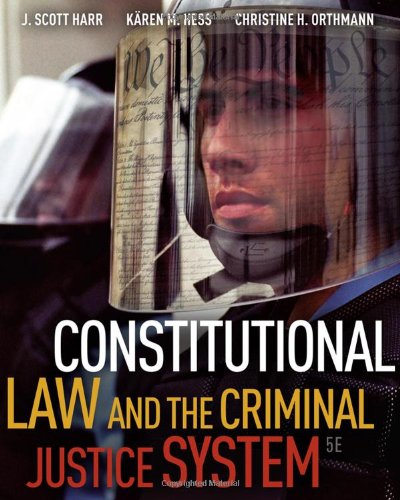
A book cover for Constitutional Law and the Criminal Justice System, 5th Edition; J. Scott Harr; Law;